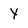
Character: Y